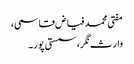
مفتی محمد فیاض قاسمی،
وارث نگر، سمستی پور۔